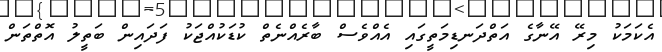
އެކަމަކު މިރޭ އޭނާގެ އަތްދަނޑިމަތީގައި އެއްވެސް ބާރެއްނެތް ކުޑަކުއްޖަކު ފަދައިން ބަތީލު އޮތްތަން